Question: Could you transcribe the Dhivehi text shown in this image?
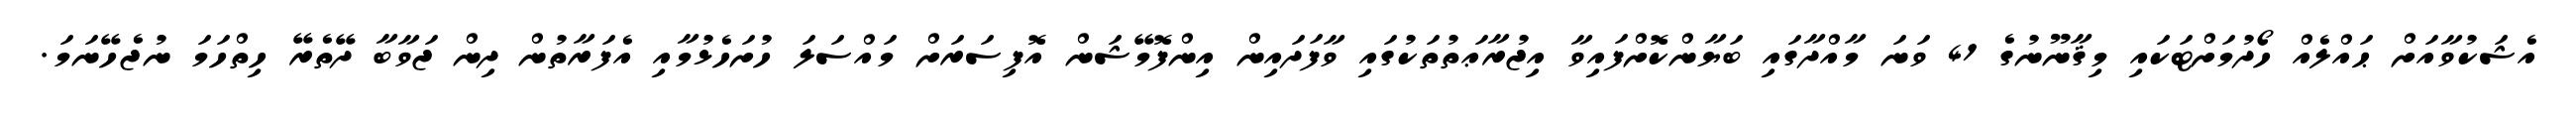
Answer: އެޝަކުވާއަށް ޙައްލެއް ހޯދުމަށްޓަކައި މިޤާނޫނުގެ 41 ވަނަ މާއްދާގައި ބަޔާންކޮށްފައިވާ އިޖުރާޢަތުތަކުގައި ވާފަދައިން އިންފޮމޭޝަން އޮފިސަރަށް މައްސަލަ ހުށަހެޅުމާއި އެފަރާތުން ދިން ޖަވާބާ ދޭތެރޭ ހިތްހަމަ ނުޖެހޭނަމަ.